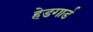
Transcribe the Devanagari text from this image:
हेडगार्ड